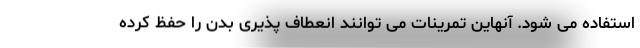
استفاده می شود. آنهاین تمرینات می توانند انعطاف پذیری بدن را حفظ کرده